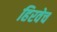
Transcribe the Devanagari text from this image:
हिरवेच